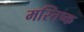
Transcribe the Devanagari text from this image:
मस्तिष्क